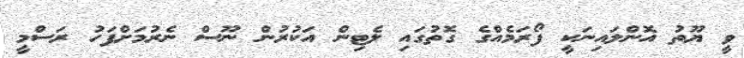
ވީ ޔޫތު އޮންލައިނަކީ ފޯރަމެއްގެ ގޮތުގައި ލެޓިން އަކުރުން ނޫސް ނެރުމަށްފަހު ރަސްމީ